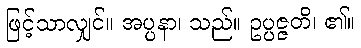
ဖြင့်သာလျှင်။ အပ္ပနာ၊ သည်။ ဥပ္ပဇ္ဇတိ၊ ၏။